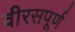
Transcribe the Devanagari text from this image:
वीरसपूर्ण